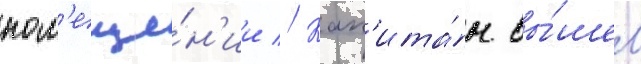
пом'еще́н'ии // Кап'ита́н вы́шел